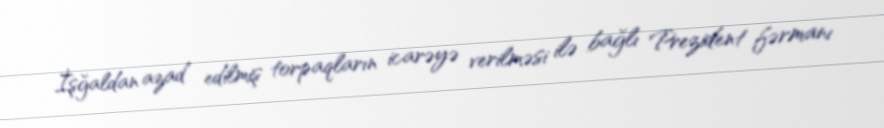
İşğaldan azad edilmiş torpaqların icarəyə verilməsi ilə bağlı Prezident fərmanı